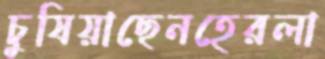
চুষিয়াছেনহেরলা